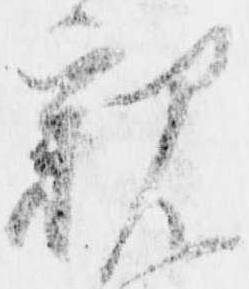
親